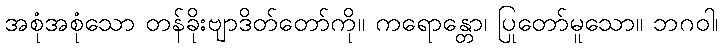
အစုံအစုံသော တန်ခိုးဗျာဒိတ်တော်ကို။ ကရောန္တော၊ ပြုတော်မူသော။ ဘဂဝါ၊